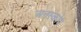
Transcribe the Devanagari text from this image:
अनस्कोप